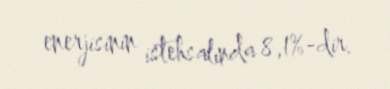
enerjisinin istehsalında 8,1%-dir.